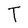
Character: T